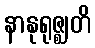
နာနုရုဇ္ဈတိ